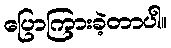
ပြောကြားခဲ့တာပါ။